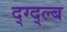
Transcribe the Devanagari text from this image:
द्ग्द्ल्ब